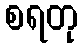
စရတု